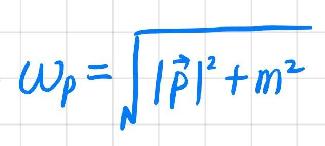
\[ \omega_{\vec{p}}=\sqrt{|\vec{p}|^{2}+m^{2}} \]